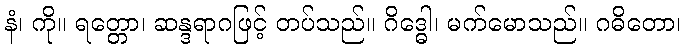
နံ၊ ကို။ ရတ္တော၊ ဆန္ဒရာဂဖြင့် တပ်သည်။ ဂိဒ္ဓေါ၊ မက်မောသည်။ ဂဓိတော၊